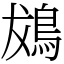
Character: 䳊